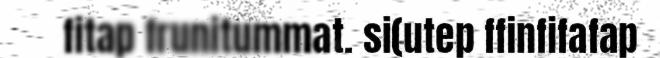
fitap frunitummat. si(utep ffinfifafap